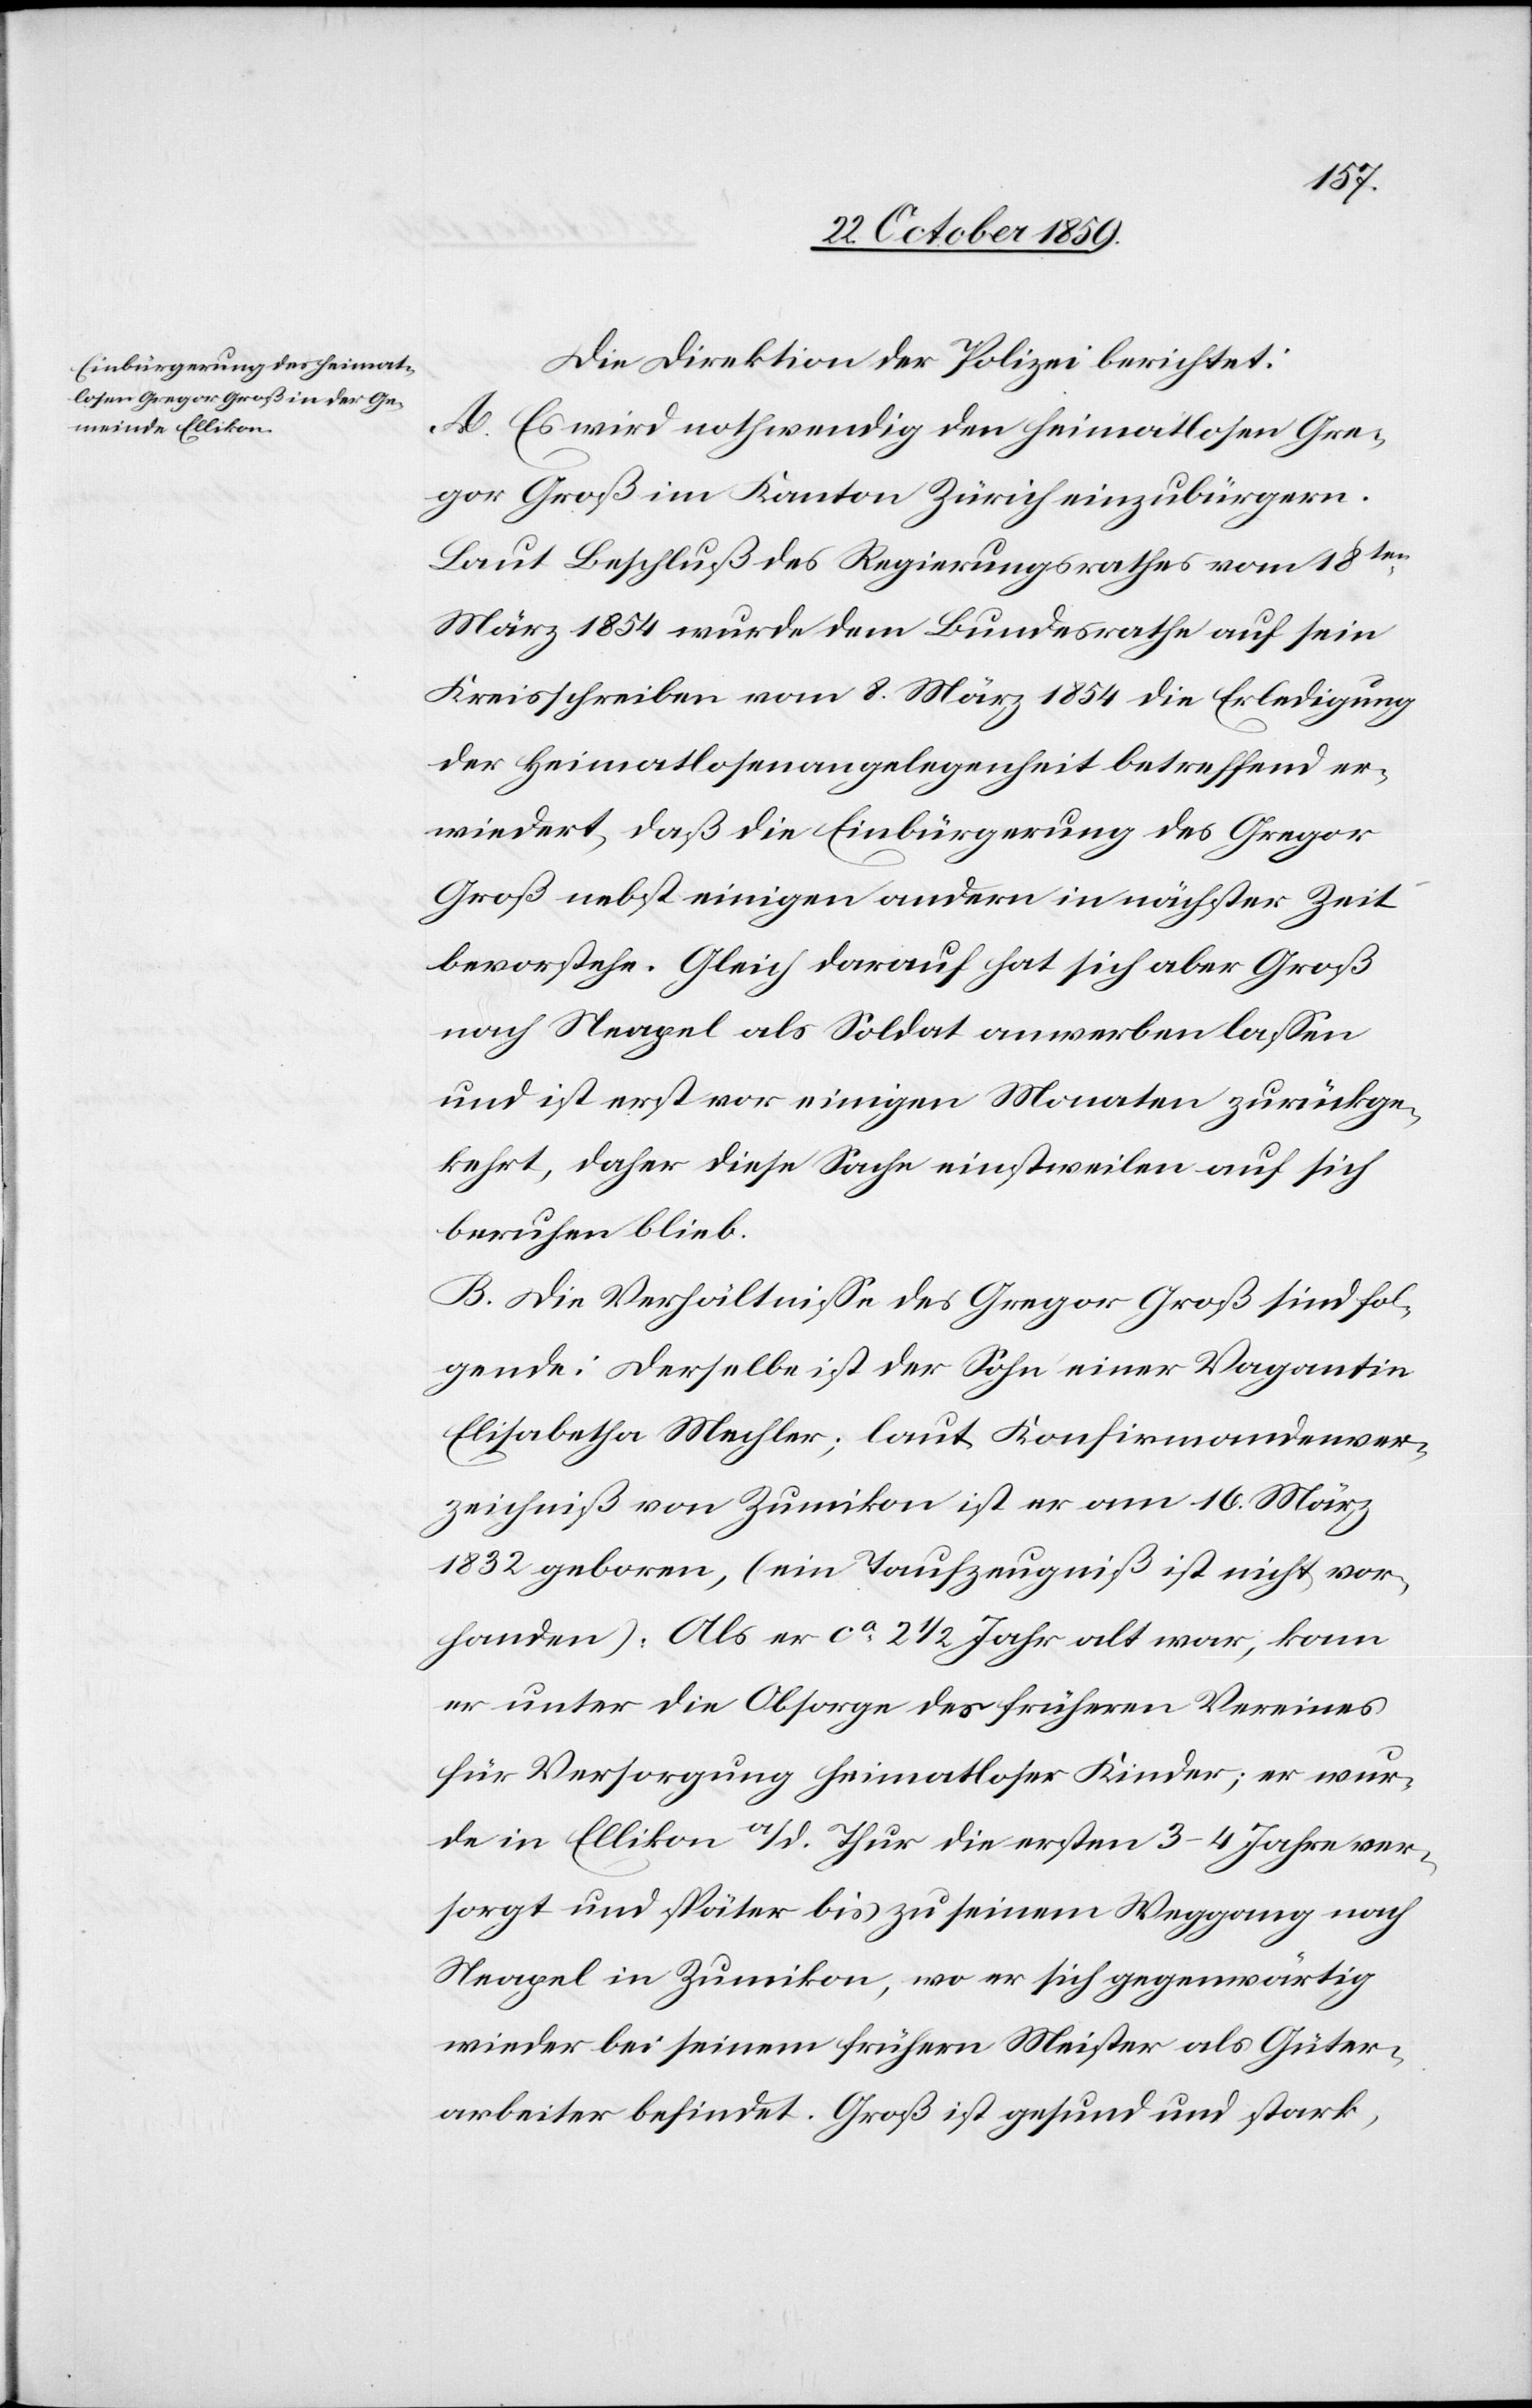
Die Direktion der Polizei berichtet:
A. Es wird nothwenig den heimatlosen Gre¬
gor Groß im Kanton Zürich einzubürgern.
Laut Beschluß des Regierungsrathes vom 18ten
März 1854 wurde dem Bundesrathe auf sein
Kreisschreiben vom 8. März 1854 die Erledigung
der Heimatlosenangelegenheit betreffend er¬
wiedert, daß die Einbürgerung des Gregor
Groß nebst einigen andern in nächster Zeit
bevorstehe. Gleich darauf hat sich aber Groß
nach Neapel als Soldat anwerben lassen
und ist erst vor einigen Monaten zurückge¬
kehrt, daher diese Sache einstweilen auf sich
beruhen blieb.
B. Die Verhältnisse des Gregor Groß sind fol¬
gende: Derselbe ist der Sohn einer Vagantin
Elisabetha Mechler; laut Konfirmandenver¬
zeichniß von Zumikon ist er am 16. März
1832 geboren, (ein Taufzeugniß ist nicht vor¬
handen): Als er ca. 2 1/2 Jahre alt war, kam
er unter die Obsorge des früheren Vereines
für Versorgung heimatloser Kinder; er wur¬
de in Ellikon a/d. Thur die ersten 3–4 Jahre ver¬
sorgt und später bis zu seinem Weggang nach
Neapel in Zumikon, wo er sich gegenwärtig
wieder bei seinem frühern Meister als Güter¬
arbeiter befindet. Groß ist gesund und stark,